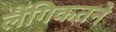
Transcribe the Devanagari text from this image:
लैंगिकतने